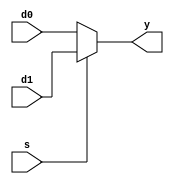
module mux23(d0, d1, s, y);

input s;
input [2:0] d0, d1;
output [2:0] y;

assign y = s?d1 :d0;

endmodule